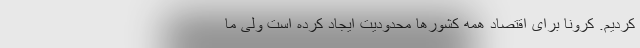
کردیم. کرونا برای اقتصاد همه کشورها محدودیت ایجاد کرده است ولی ما